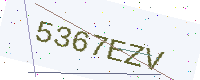
Text: 5367EZV